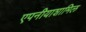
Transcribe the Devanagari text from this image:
एपनीयाशामिल